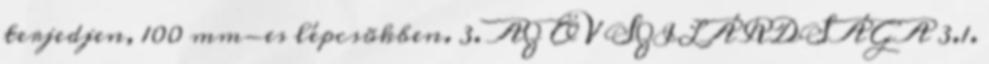
terjedjen, 100 mm-es lépcsõkben. 3. AZ ÖV SZILÁRDSÁGA 3.1.